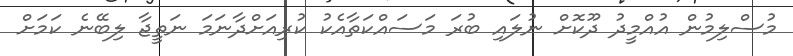
މުސްލިމުން އުއްމީދު ދޫކޮށް ނުލައި ބުރަ މަސައްކަތާއެކު ކުރިއަށްދާނަމަ ނަތީޖާ ލިބޭނެ ކަމަށް